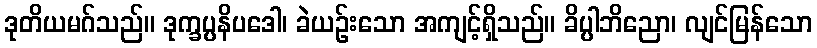
ဒုတိယမဂ်သည်။ ဒုက္ခပ္ပနိပဒေါ၊ ခဲယဉ်းသော အကျင့်ရှိသည်။ ခိပ္ပါဘိညော၊ လျင်မြန်သော